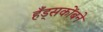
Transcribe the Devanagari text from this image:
हँड्सकोंबने